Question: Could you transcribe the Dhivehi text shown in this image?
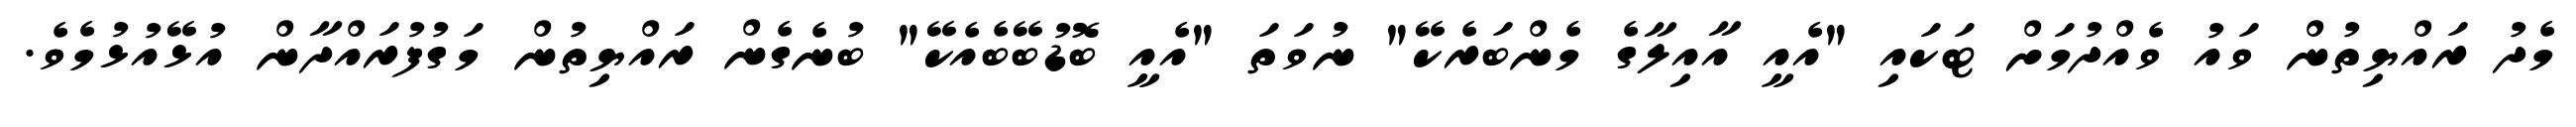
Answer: މެދު ރައްޔިތުން ވައު ވެއްދުމަށް ޓަކައި "އެއީ އާއިލާގެ މެންބަރެކޭ" ނުވަތަ "އެއީ ބޮޑުބޭބެއެކޭ" ބުނެގެން ރައްޔިތުން މަގުފުރައްދާން އުޅޭއުޅުމެވެ.